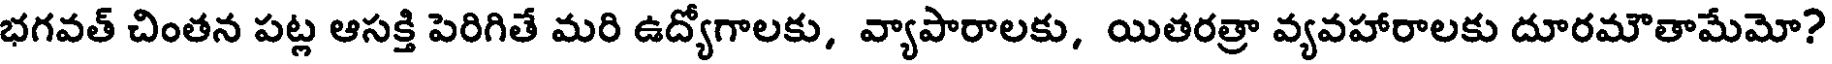
భగవత్ చింతన పట్ల ఆసక్తి పెరిగితే మరి ఉద్యోగాలకు, వ్యాపారాలకు, యితరత్రా వ్యవహారాలకు దూరమౌతామేమో?